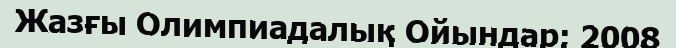
Жазғы Олимпиадалық Ойындар: 2008